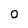
Character: 0